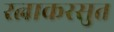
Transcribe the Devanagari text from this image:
रत्नाकरसुत